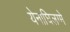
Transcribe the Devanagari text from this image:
येनाघिलग्मे